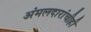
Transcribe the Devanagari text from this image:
अंमलदारांचीही